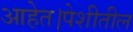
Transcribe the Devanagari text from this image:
आहेत।पेशीतील